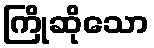
ကြိုဆိုသော